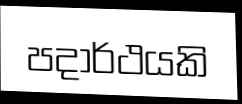
පදාර්ථයකි